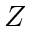
Z